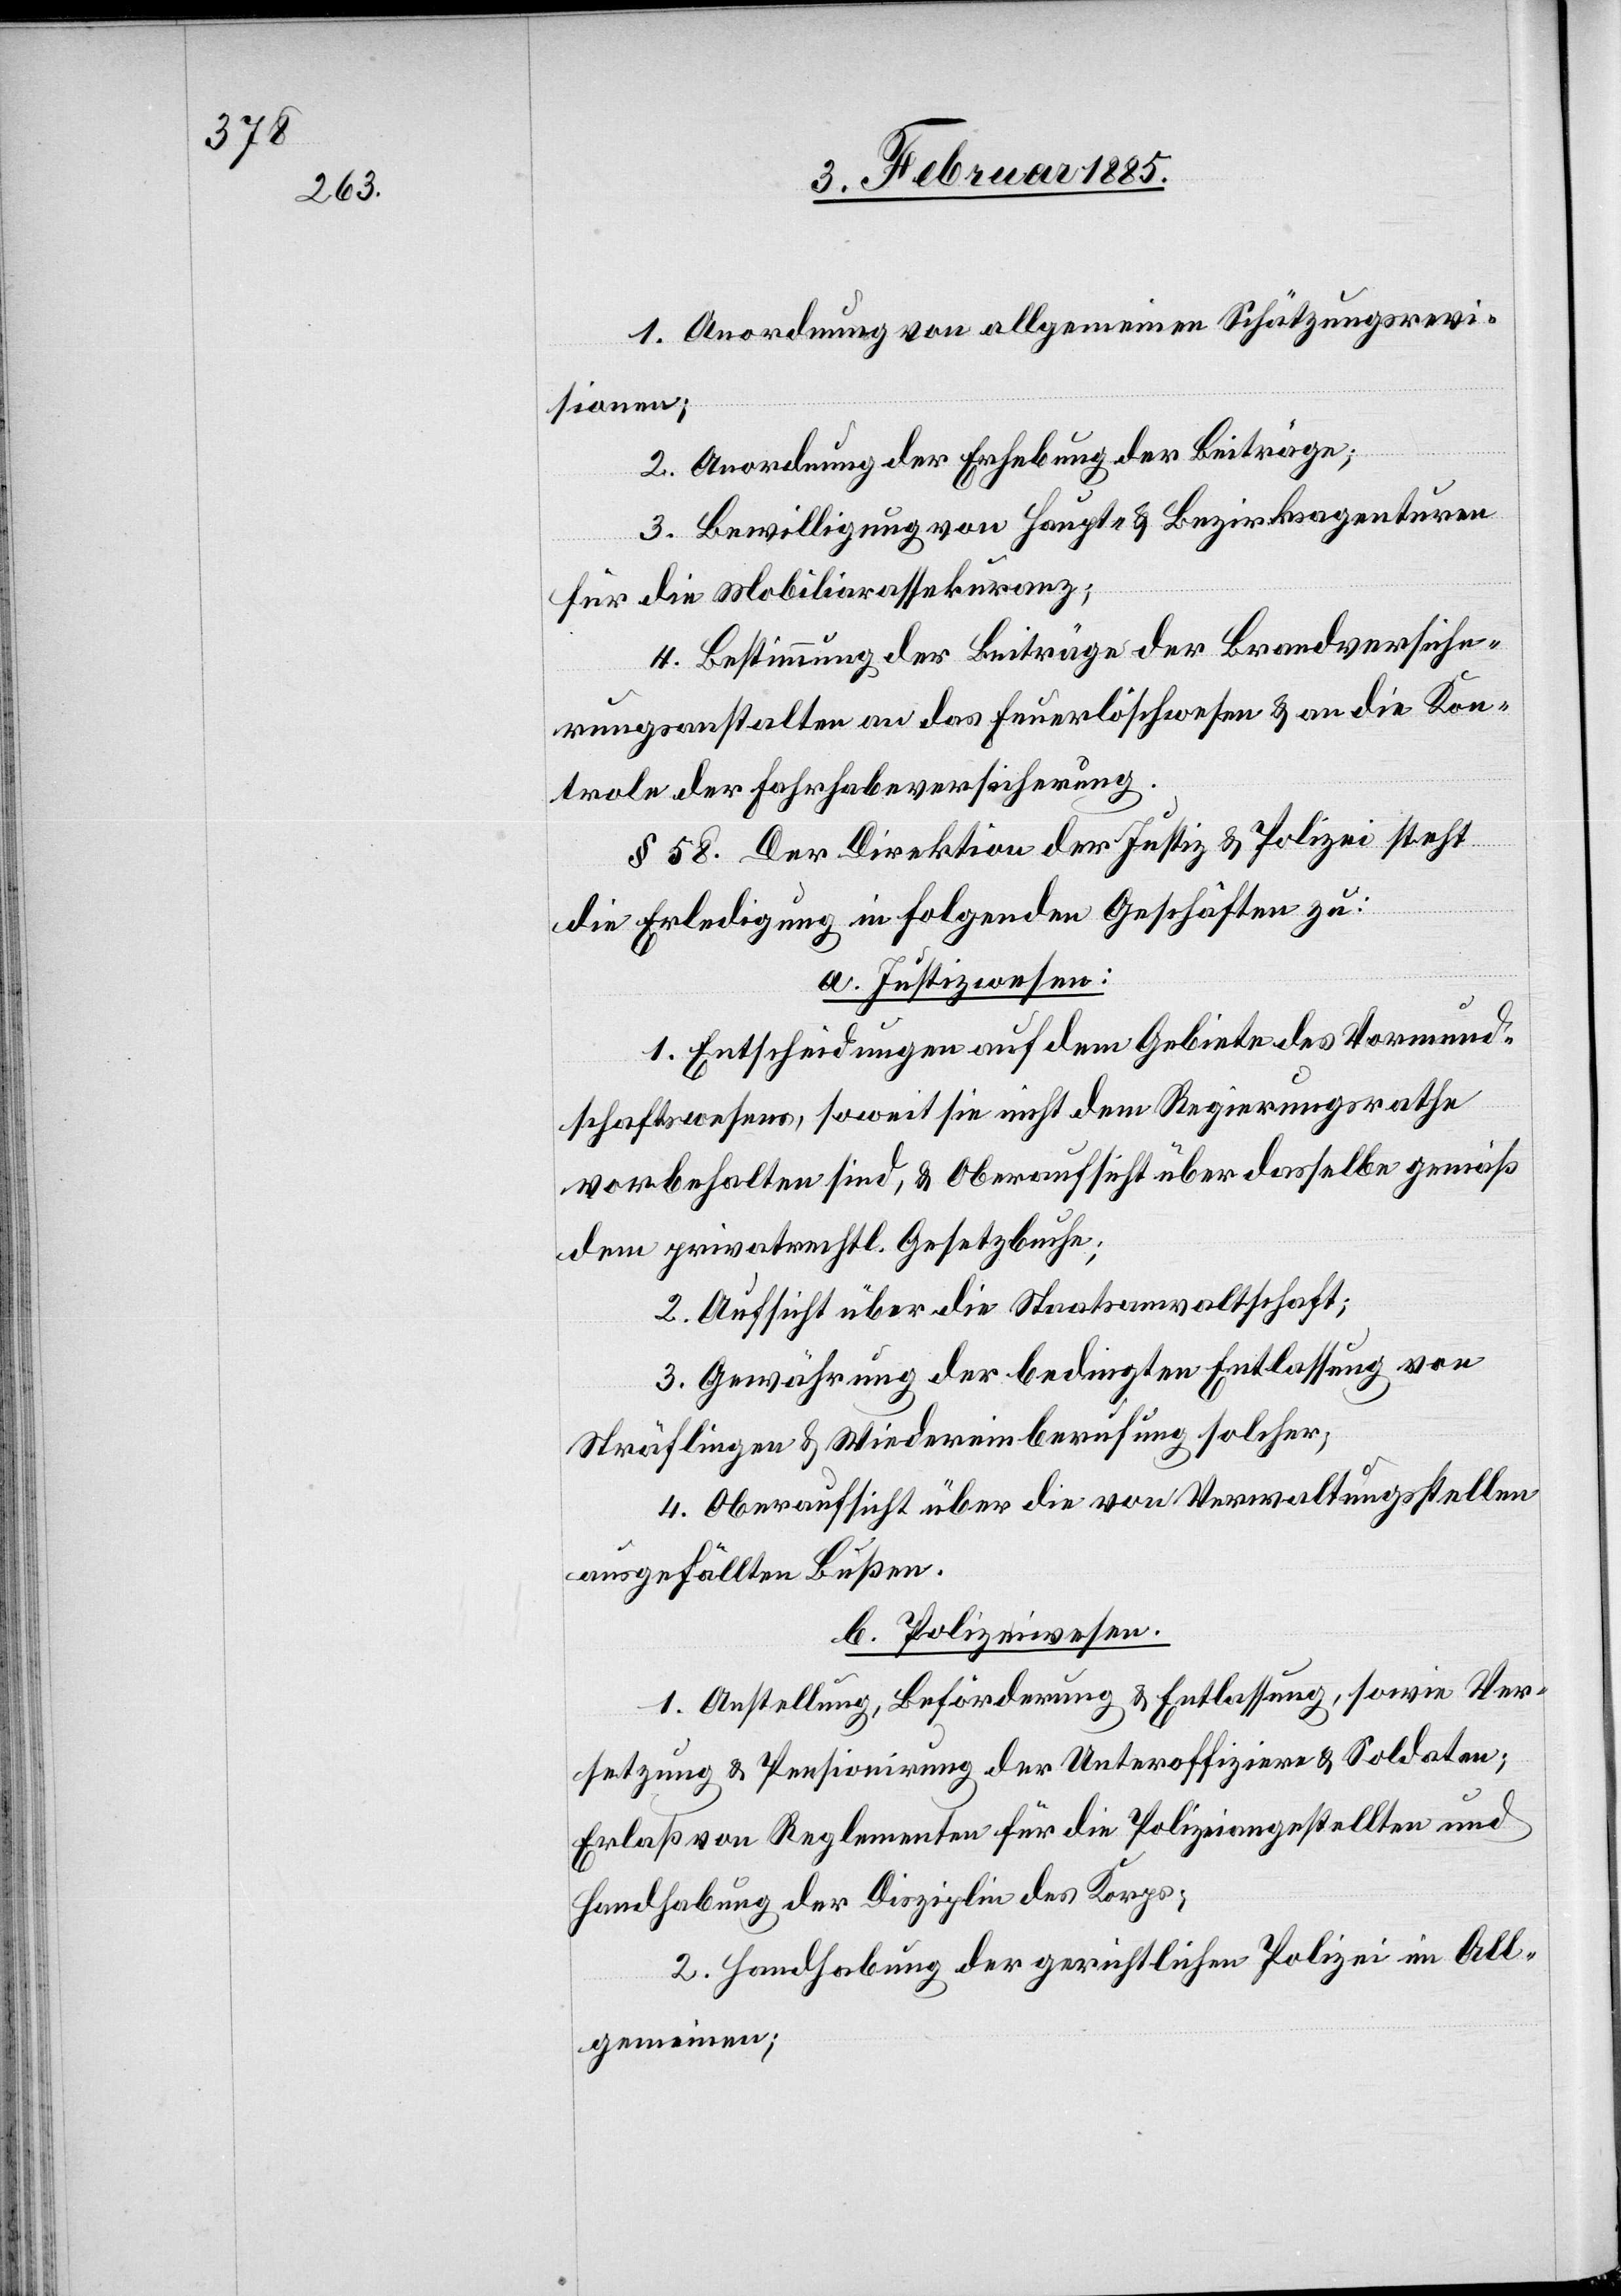
1. Anordnung von allgemeinen Schätzungsrevi¬
sionen;
2. Anordnung der Erhebung der Beiträge;
3. Bewilligung von Haupt- & Bezirksagenturen
für die Mobiliarassekuranz;
4. Bestimmung der Beiträge der Brandversiche¬
rungsanstalten an das Feuerlöschwesen & an die Kon¬
trole der Fahrhabeversicherung.
§ 58 Der Direktion der Justiz & Polizei steht
die Erledigung in folgenden Geschäften zu:
a. Justizwesen:
1. Entscheidungen auf dem Gebiete des Vormund¬
schaftswesens, soweit sie nicht dem Regierungsrathe
vorbehalten sind, & Oberaufsicht über dasselbe gemäß
dem privatrechtl. Gesetzbuche;
2. Aufsicht über die Staatsanwaltschaft;
3. Gewährung der bedingten Entlassung von
Sträflingen & Wiedereinberufung solcher;
4. Oberaufsicht über die von Verwaltungsstellen
ausgefällten Bußen.
b. Polizeiwesen:
1. Anstellung, Beförderung & Entlassung, sowie Ver¬
setzung & Pensionirung der Unteroffizieren & Soldaten;
Erlaß von Reglementen für die Polizeiangestellten und
Handhabung der Disziplin des Korps;
2. Handhabung der gerichtlichen Polizei im All¬
gemeinen;